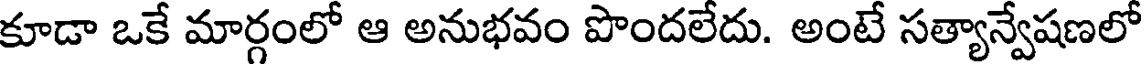
కూడా ఒకే మార్గంలో ఆ అనుభవం పొందలేదు. అంటే సత్యాన్వేషణలో